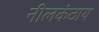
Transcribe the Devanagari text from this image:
नीलकंठाय